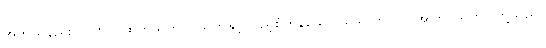
အဘယ်နည်း။ ပါဏာ၊ ထွက်သက်ဝင်သက်နှင့် ပြည့်စုံကုန်သော။ ယေ ဘူတာ၊ အကြင်သတ္တဝါတို့သည်။